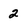
Character: 2